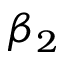
\beta _ { 2 }